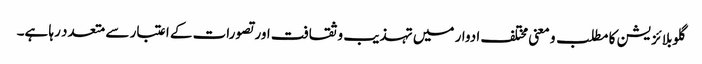
گلوبلائزیشن کا مطلب و معنی مختلف ادوار میں تہذیب و ثقافت اور تصورات کے اعتبار سے متعدد رہا ہے۔